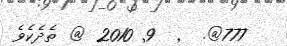
777@.